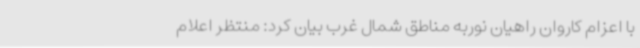
با اعزام کاروان راهیان نوربه مناطق شمال غرب بیان کرد: منتظر اعلام